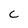
Character: c